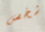
شخص